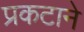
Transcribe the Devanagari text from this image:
प्रकटाने